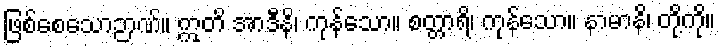
ဖြစ်စေသောဉာဏ်။ ဣတိ အာဒီနိ၊ ကုန်သော။ စတ္တာရိ၊ ကုန်သော။ နာမာနိ၊ တို့ကို။